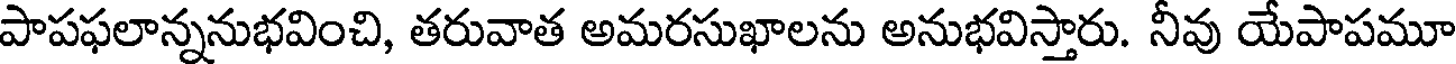
పాపఫలాన్ననుభవించి, తరువాత అమరసుఖాలను అనుభవిస్తారు. నీవు యేపాపమూ